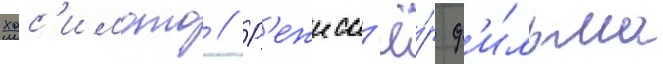
хас'имото // Р'ежисс'ё́р ф'и́льма